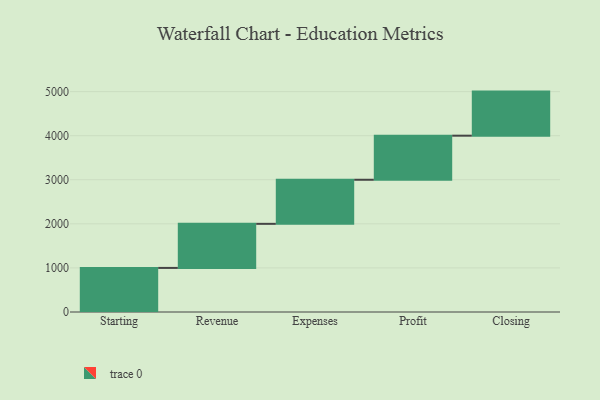
{"axis": {"x": "Step", "y": "Value"}, "legend": [""], "data": [{"x": "Starting", "y": 1000, "type": ""}, {"x": "Revenue", "y": 1000, "type": ""}, {"x": "Expenses", "y": 1000, "type": ""}, {"x": "Profit", "y": 1000, "type": ""}, {"x": "Closing", "y": 1000, "type": ""}]}